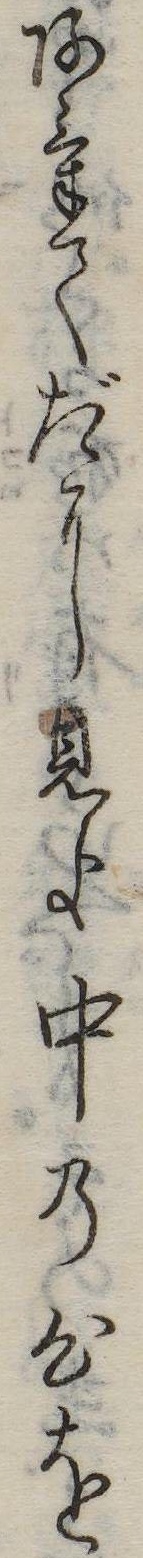
あけてだに見よ中の心を